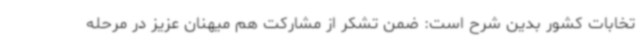
تخابات کشور بدین شرح است: ضمن تشکر از مشارکت هم میهنان عزیز در مرحله